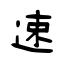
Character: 速